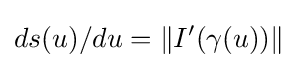
ds(u)/du=\|I'(\gamma (u))\|